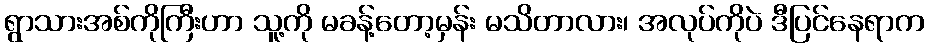
ရွာသားအစ်ကိုကြီးဟာ သူ့ကို မခန့်တော့မှန်း မသိတာလား၊ အလုပ်ကိုပဲ ဒီပြင်နေရာက